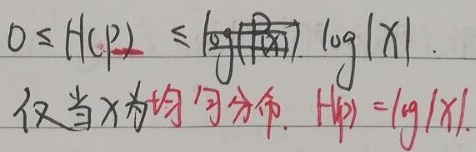
\(0\leq H(p)\leq \log |\mathcal{X}|\) (\(\log |X|\))。仅当 \(X\) 为均匀分布，\(H(p)=\log |X|\)。 （注：原图片中 \(\log|\mathcal{X}|\) 写得不太规范，这里规范为 \(\log |\mathcal{X}|\)，并补充了英文花体 \(\mathcal{X}\) 表示随机变量 \(X\) 的取值空间；另外“仅当”表述的“当”在数学逻辑表述中不太准确，更准确是“当且仅当”，但按原图片内容呈现 ）